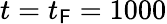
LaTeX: t=t_{\mathsf{F}}=1000